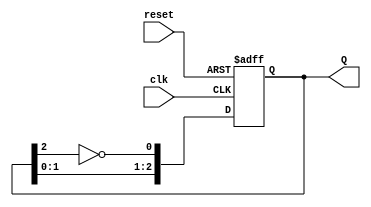
module johnson_counter #(
    parameter N = 3  // Number of flip-flops
)(
    input wire clk,       // Clock signal
    input wire reset,     // Asynchronous reset signal
    output reg [N-1:0] Q  // Output state of the counter
);

// Always block for the Johnson Counter
always @(posedge clk or posedge reset) begin
    if (reset) begin
        // Initialize all flip-flops to 0 on reset
        Q <= 0;
    end else begin
        // Shift the states and feedback the inverted last flip-flop output
        Q <= {Q[N-2:0], ~Q[N-1]};
    end
end

endmodule